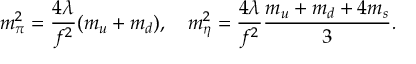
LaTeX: m _ { \pi } ^ { 2 } = \frac { 4 \lambda } { f ^ { 2 } } ( m _ { u } + m _ { d } ) , \quad m _ { \eta } ^ { 2 } = \frac { 4 \lambda } { f ^ { 2 } } \frac { m _ { u } + m _ { d } + 4 m _ { s } } { 3 } .